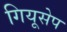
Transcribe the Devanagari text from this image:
गियूसेप